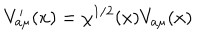
LaTeX: V _ { a \mu } ^ { \prime } ( x ) = \chi ^ { 1 / 2 } ( x ) V _ { a \mu } ( x )